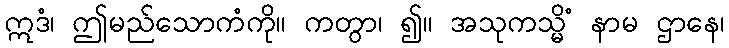
ဣဒံ၊ ဤမည်သောကံကို။ ကတွာ၊ ၍။ အသုကသ္မိံ နာမ ဌာနေ၊